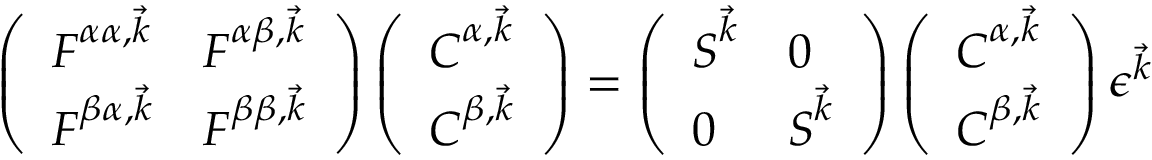
\begin{array} { r } { \left( \begin{array} { l l } { \boldsymbol { F } ^ { \alpha \alpha , \vec { k } } } & { \boldsymbol { F } ^ { \alpha \beta , \vec { k } } } \\ { \boldsymbol { F } ^ { \beta \alpha , \vec { k } } } & { \boldsymbol { F } ^ { \beta \beta , \vec { k } } } \end{array} \right) \left( \begin{array} { l } { \boldsymbol { C } ^ { \alpha , \vec { k } } } \\ { \boldsymbol { C } ^ { \beta , \vec { k } } } \end{array} \right) = \left( \begin{array} { l l } { \boldsymbol { S } ^ { \vec { k } } } & { \boldsymbol { 0 } } \\ { \boldsymbol { 0 } } & { \boldsymbol { S } ^ { \vec { k } } } \end{array} \right) \left( \begin{array} { l } { \boldsymbol { C } ^ { \alpha , \vec { k } } } \\ { \boldsymbol { C } ^ { \beta , \vec { k } } } \end{array} \right) \boldsymbol { \epsilon } ^ { \vec { k } } \quad } \end{array}